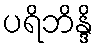
ပရိဘိန္ဒိ